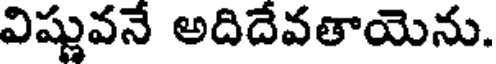
విష్ణువనే అదిదేవతాయెను.